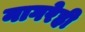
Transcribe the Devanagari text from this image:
नागरेही